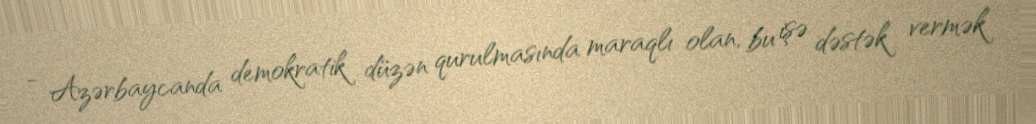
- Azərbaycanda demokratik düzən qurulmasında maraqlı olan, bu işə dəstək vermək